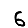
Digit: 6